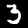
Label: 3